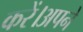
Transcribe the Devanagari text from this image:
करें।अपने